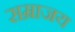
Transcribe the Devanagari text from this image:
सम्राजय